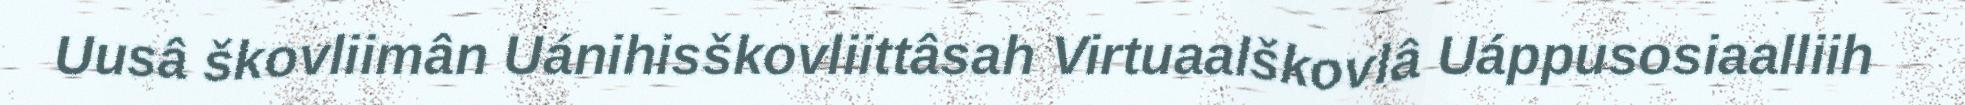
Uusâ škovliimân Uánihisškovliittâsah Virtuaalškovlâ Uáppusosiaalliih